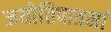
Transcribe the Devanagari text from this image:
जयोतिपात्रमां